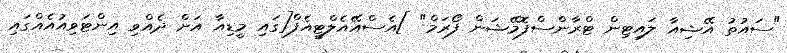
"ސައުތު އޭޝިއާ ލައިޓިން ޓްރާންސްފޮމޭޝަން ފޯރަމް" ]އެސްއޭއެލްޓީއެފް[ގައި މީޑިއާ އަށް ދެއްވި އިންޓަވިއުއެއްގައި